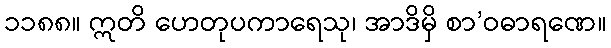
၁၁၈၈။ ဣတိ ဟေတုပကာရေသု၊ အာဒိမှိ စာ’ဝဓာရဏေ။